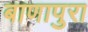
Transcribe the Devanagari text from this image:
बाणापुरा